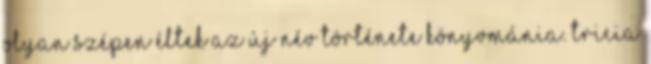
olyan szépen éltek Az új név története Könyvmánia. Tricia